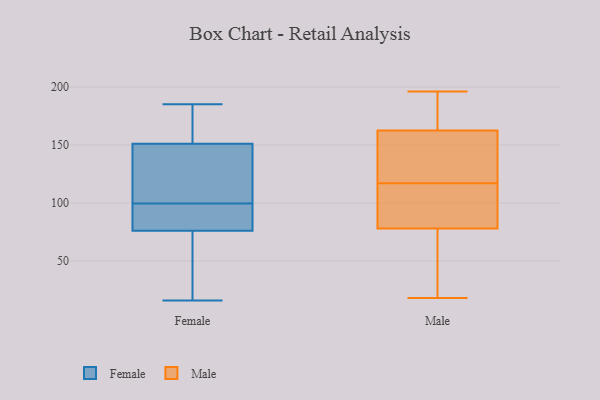
{"axis": {"x": "Website Visitors", "y": "Value"}, "legend": ["Female", "Male"], "data": [{"x": "", "y": 94, "type": "Female"}, {"x": "", "y": 185, "type": "Female"}, {"x": "", "y": 180, "type": "Female"}, {"x": "", "y": 22, "type": "Female"}, {"x": "", "y": 131, "type": "Female"}, {"x": "", "y": 56, "type": "Female"}, {"x": "", "y": 151, "type": "Female"}, {"x": "", "y": 76, "type": "Female"}, {"x": "", "y": 163, "type": "Female"}, {"x": "", "y": 16, "type": "Female"}, {"x": "", "y": 77, "type": "Female"}, {"x": "", "y": 85, "type": "Female"}, {"x": "", "y": 148, "type": "Female"}, {"x": "", "y": 105, "type": "Female"}, {"x": "", "y": 167, "type": "Male"}, {"x": "", "y": 196, "type": "Male"}, {"x": "", "y": 87, "type": "Male"}, {"x": "", "y": 173, "type": "Male"}, {"x": "", "y": 43, "type": "Male"}, {"x": "", "y": 146, "type": "Male"}, {"x": "", "y": 102, "type": "Male"}, {"x": "", "y": 18, "type": "Male"}, {"x": "", "y": 131, "type": "Male"}, {"x": "", "y": 36, "type": "Male"}, {"x": "", "y": 149, "type": "Male"}, {"x": "", "y": 137, "type": "Male"}, {"x": "", "y": 117, "type": "Male"}, {"x": "", "y": 92, "type": "Male"}, {"x": "", "y": 192, "type": "Male"}, {"x": "", "y": 44, "type": "Male"}, {"x": "", "y": 108, "type": "Male"}, {"x": "", "y": 75, "type": "Male"}, {"x": "", "y": 191, "type": "Male"}]}